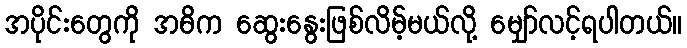
အပိုင်းတွေကို အဓိက ဆွေးနွေးဖြစ်လိမ့်မယ်လို့ မျှော်လင့်ရပါတယ်။